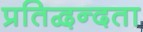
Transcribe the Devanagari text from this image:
प्रतिद्वन्दता